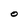
Character: 0